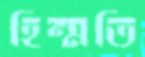
হিম্মতি